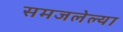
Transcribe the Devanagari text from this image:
समजलेल्या